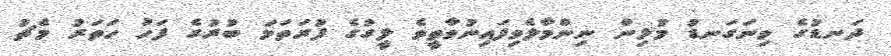
ދަނޑުގެ ވިނަގަނޑު މުޅިން ނިންމާލެވިފައިނުވާތީވެ ލީގުގެ ފުރަތަމަ ބުރުގެ ފަހު ހަތަރު މެޗު